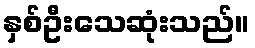
နှစ်ဦးသေဆုံးသည်။